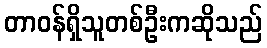
တာဝန်ရှိသူတစ်ဦးကဆိုသည်